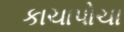
કાચાપોચા